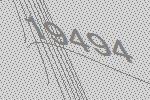
19494